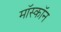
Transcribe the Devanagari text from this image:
मॉस्कॉन